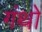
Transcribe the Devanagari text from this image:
गंथों